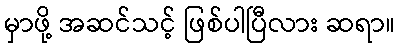
မှာဖို့ အဆင်သင့် ဖြစ်ပါပြီလား ဆရာ။